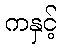
ကနှင့်